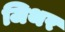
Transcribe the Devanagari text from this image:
जिथर